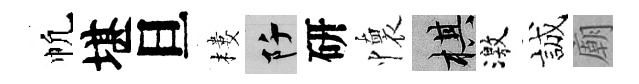
帆堪旦樓阡研懷棋激誠廟